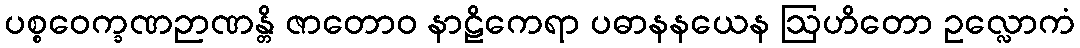
ပစ္စဝေက္ခဏဉာဏန္တိ ဇာတောဝ နာဠိကေရာ ပဓာနနယေန ဩဟိတော ဥလ္လောကံ